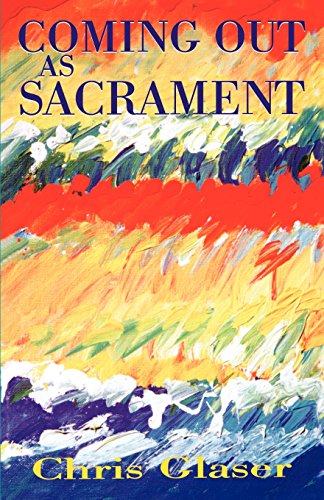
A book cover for Coming Out as Sacrament; Chris Glaser; Gay & Lesbian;